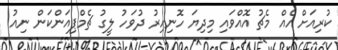
ކުރިއަށް އެއް މެޗު އޮއްވައި މިދިޔަ ހޮނިހިރު ދުވަހު ލީގު ޗެމްޕިއަންކަން ނިއު